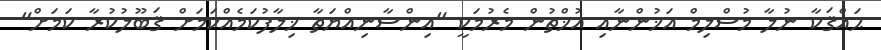
ޙައްޤަކާ ނުލާ މުސްލިމް އަޚުންނާއި އުޚްތުން މެރުމަކީ "އިންސާނިއްޔަތާ ޚިލާފުކަމެއްކަމަށް ޤަބޫލުކުރާ ކަމަށް"